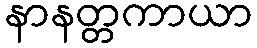
နာနတ္တကာယာ